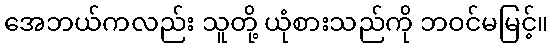
အေဘယ်ကလည်း သူတို့ ယုံစားသည်ကို ဘဝင်မမြင့်။